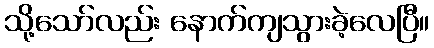
သို့သော်လည်း နောက်ကျသွားခဲ့လေပြီ။